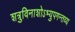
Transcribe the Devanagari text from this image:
शत्रुविनाशोऽभ्युपगन्तव्य